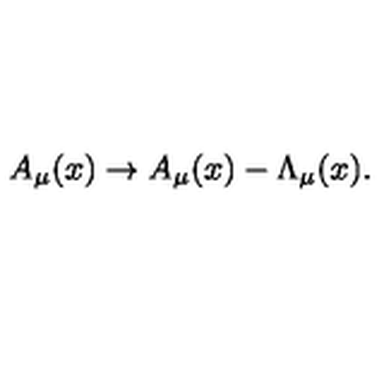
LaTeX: A _ { \mu } ( x ) \rightarrow A _ { \mu } ( x ) - \Lambda _ { \mu } ( x ) .